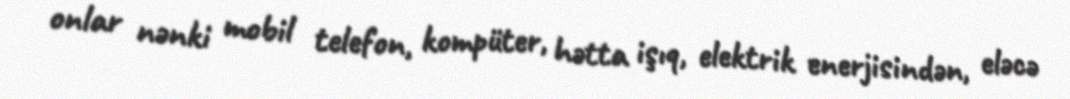
onlar nənki mobil telefon, kompüter, hətta işıq, elektrik enerjisindən, eləcə